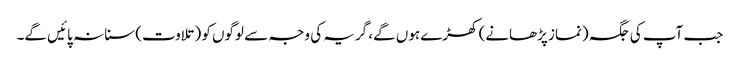
جب آپ کی جگہ (نماز پڑھانے) کھڑے ہوں گے، گریہ کی وجہ سے لوگوں کو (تلاوت) سنا نہ پائیں گے۔